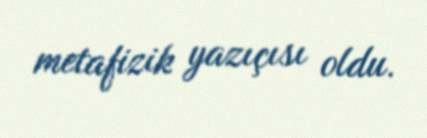
metafizik yazıçısı oldu.